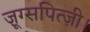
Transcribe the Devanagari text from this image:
ज़ूग्सपित्ज़ी।